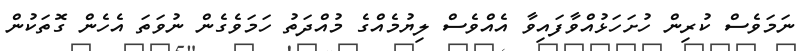
ނަމަވެސް ކުރިން ހުށަހަޅުއްވާފައިވާ އެއްވެސް ލިޔުމެއްގެ މުއްދަތު ހަމަވެގެން ނުވަތަ އެހެން ގޮތަކުން